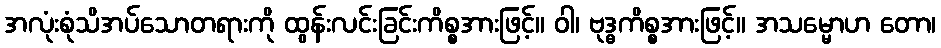
အလုံးစုံသိအပ်သောတရားကို ထွန်းလင်းခြင်းကိစ္စအားဖြင့်။ ဝါ၊ ဗုဒ္ဓကိစ္စအားဖြင့်။ အသမ္မောဟ တော၊